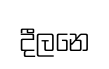
දීලනෙ